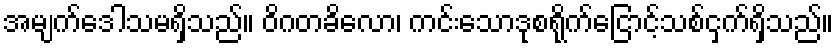
အမျက်ဒေါသမရှိသည်။ ဝိဂတခိလော၊ ကင်းသောဒုစရိုက်ငြောင့်သစ်ငှက်ရှိသည်။